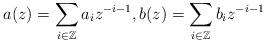
LaTeX: \begin{gather*}a(z)=\sum_{i\in\mathbb{Z}}a_{i}z^{-i-1},b(z)=\sum_{i\in\mathbb{Z}}b_{i}z^{-i-1}\end{gather*}